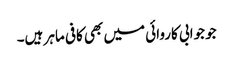
جو جوابی کاروائی میں بھی کافی ماہر ہیں۔